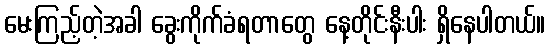
မေးကြည့်တဲ့အခါ ခွေးကိုက်ခံရတာတွေ နေ့တိုင်းနီးပါး ရှိနေပါတယ်။